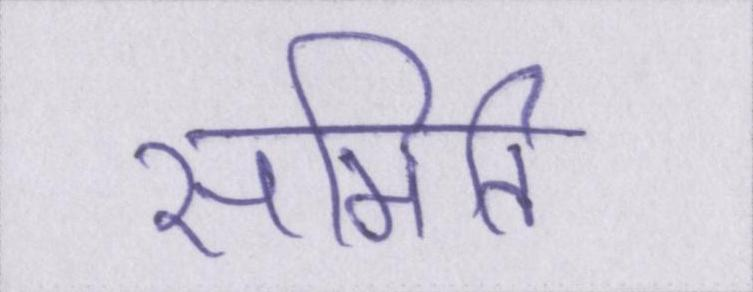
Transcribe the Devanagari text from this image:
समिति